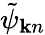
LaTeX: \tilde{\psi}_{{\mathbf k}n}